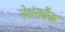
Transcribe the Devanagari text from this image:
नेशंसबैंक